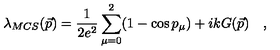
\lambda _ { M C S } ( \vec { p } ) = \frac { 1 } { 2 e ^ { 2 } } \sum _ { \mu = 0 } ^ { 2 } ( 1 - \cos p _ { \mu } ) + i k G ( \vec { p } ) \quad ,